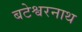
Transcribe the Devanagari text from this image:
बटेश्वरनाथ